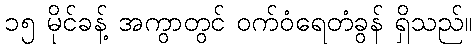
၁၅ မိုင်ခန့် အကွာတွင် ဝက်ဝံရေတံခွန် ရှိသည်။